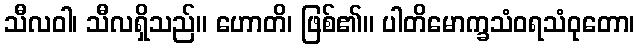
သီလဝါ၊ သီလရှိသည်။ ဟောတိ၊ ဖြစ်၏။ ပါတိမောက္ခသံဝရသံဝုတော၊